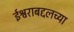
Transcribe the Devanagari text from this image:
ईश्वराबद्दलच्या